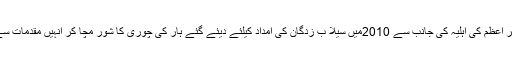
ایک انٹرویومیں سابق وزیر اعظم یوسف رضا گیلانی نے کہا کہ ترک وزیر اعظم کی اہلیہ کی جانب سے 2010میں سیلا ب زدگان کی امداد کیلئے دیئے گئے ہار کی چوری کا شور مچا کر انہیں مقدمات سے ڈرایا جارہا ہے تاہم وہ ہر طرح کے حالات کا سامنا کر نے کو تیار ہیں